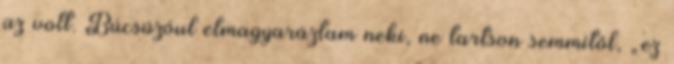
az volt. Búcsúzóul elmagyaráztam ne­ki, ne tartson semmitől, „ez